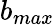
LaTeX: b_{max}